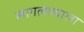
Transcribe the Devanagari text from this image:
लागलेल्याला